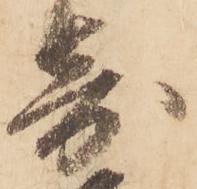
寄